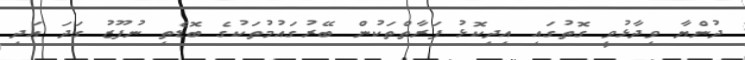
ދުންޔާ ވިދާޅުވީ ގޮތުގައި އިދިކޮޅު ފަރާތްތަކުން ބޭރުގައުމުތަކުގެ ބޮޑެތި ނުފޫޒު ގަދަ އަދި